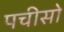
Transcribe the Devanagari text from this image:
पचीसो